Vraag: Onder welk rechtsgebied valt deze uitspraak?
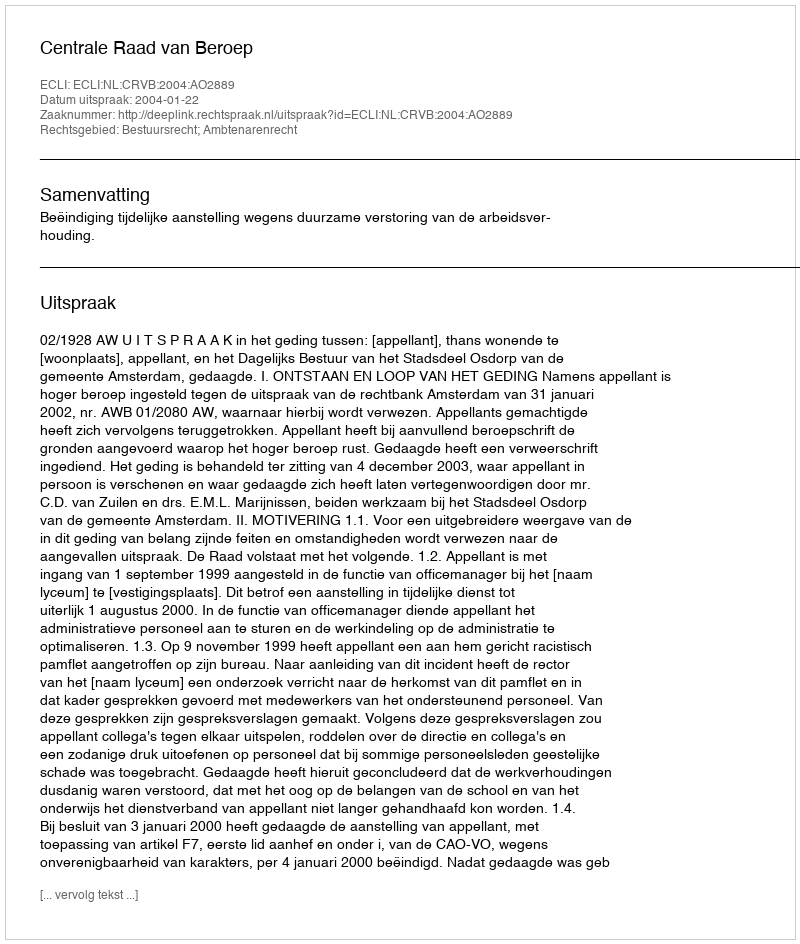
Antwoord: Bestuursrecht; Ambtenarenrecht